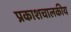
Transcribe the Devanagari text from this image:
प्रकाशचालकीय